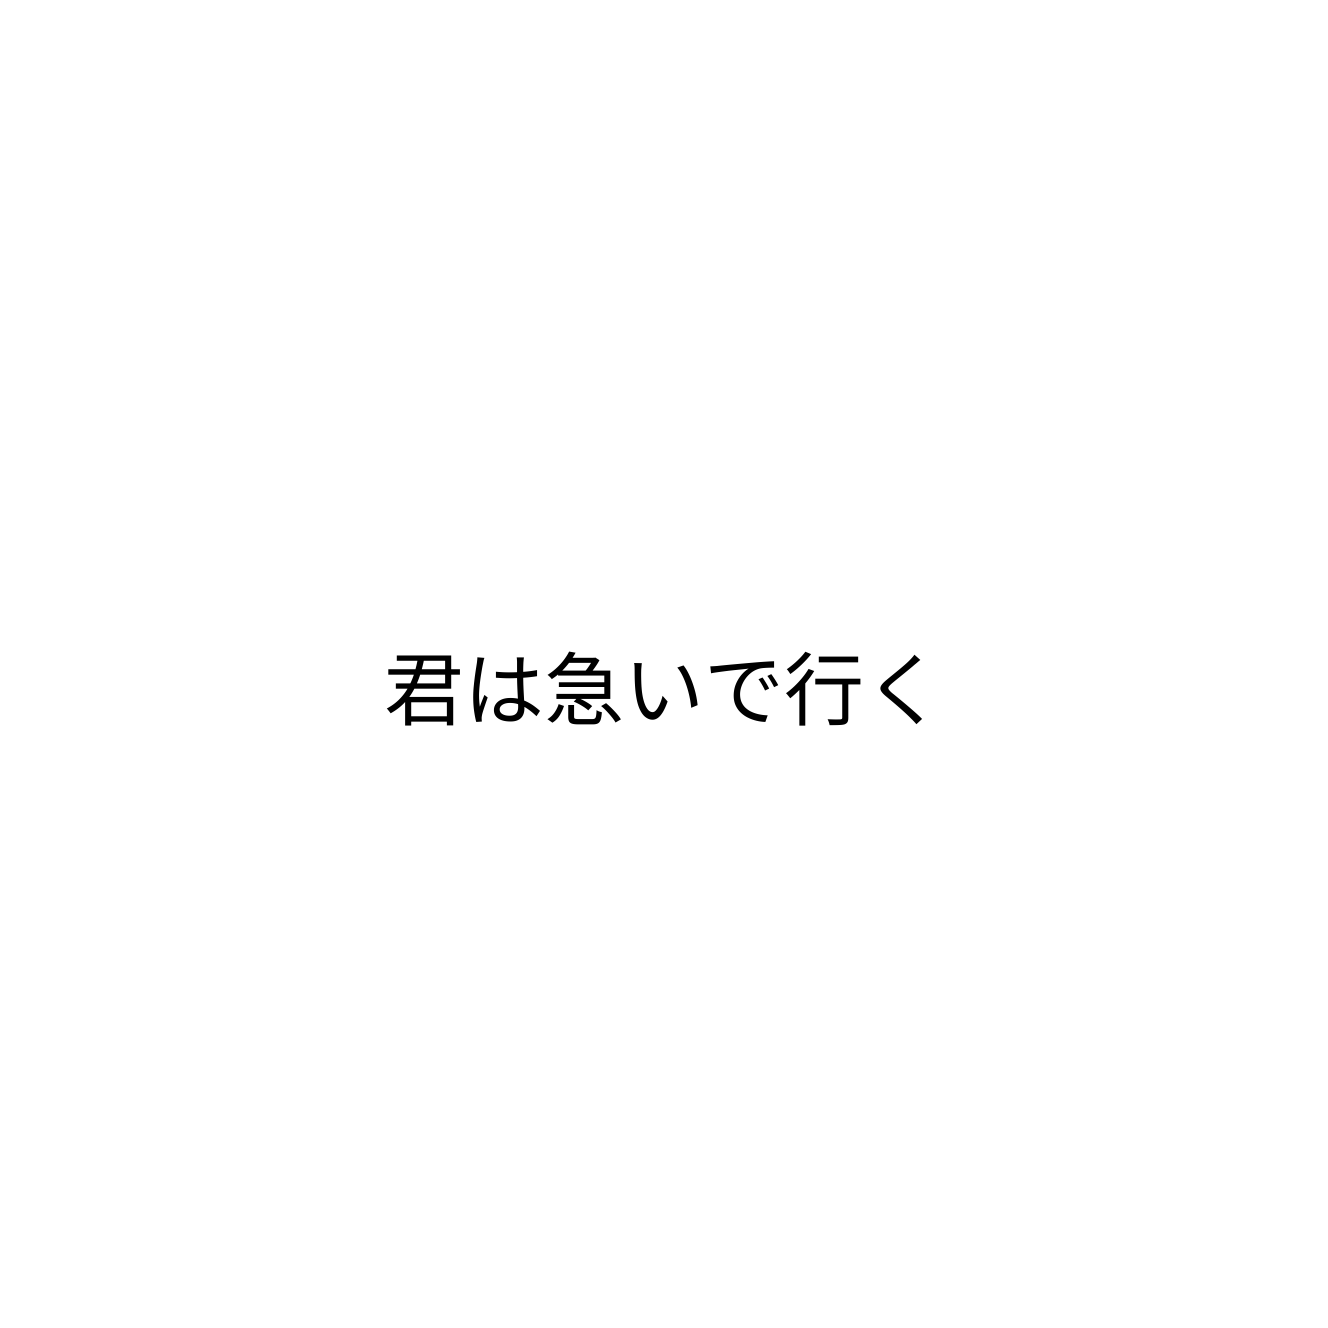
君は急いで行く